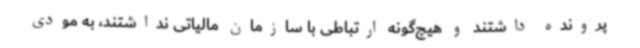
پرونده داشتند و هیچ‌گونه ارتباطی با سازمان مالیاتی نداشتند، به مودی